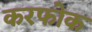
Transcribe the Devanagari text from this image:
करफोक